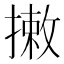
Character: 𢳯